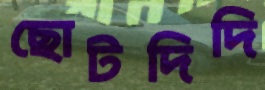
ছোটদিদি